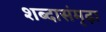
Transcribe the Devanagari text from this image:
शब्दासंमृढ़ा